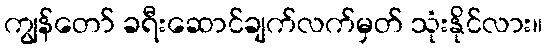
ကျွန်တော် ခရီးဆောင်ချက်လက်မှတ် သုံးနိုင်လား။